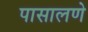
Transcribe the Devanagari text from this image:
पासालणे